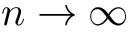
n \rightarrow \infty